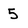
Character: 5